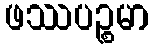
ဖဿပဉ္စမာ